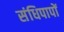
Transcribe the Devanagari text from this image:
संधिपापों